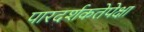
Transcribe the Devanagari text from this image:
पारदर्शकतेपेक्षा